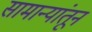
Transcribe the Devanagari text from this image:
सामान्यांतून